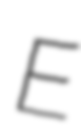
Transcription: E